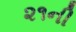
૨૧ની